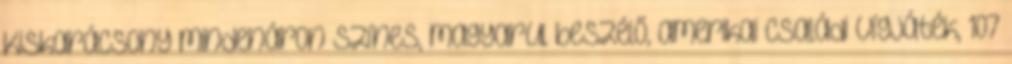
Kiskarácsony mindenáron színes, magyarul beszélő, amerikai családi vígjáték, 107